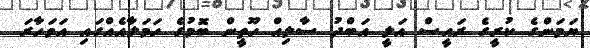
ޔަމަންގެ ކުރީގެ ރައީސް އަލީ އަބްދު ސާލިޙް ހޫތީން ބޮމުގެ ހަމަލާއެއްގައި އަވަހާރަ